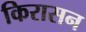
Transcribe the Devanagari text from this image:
किरासन